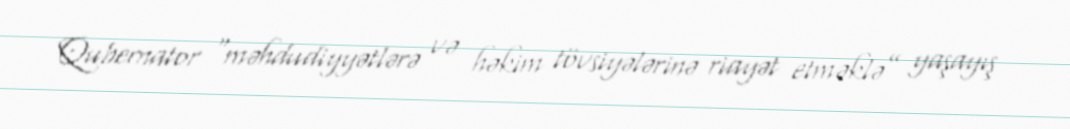
Qubernator “məhdudiyyətlərə və həkim tövsiyələrinə riayət etməklə” yaşayış